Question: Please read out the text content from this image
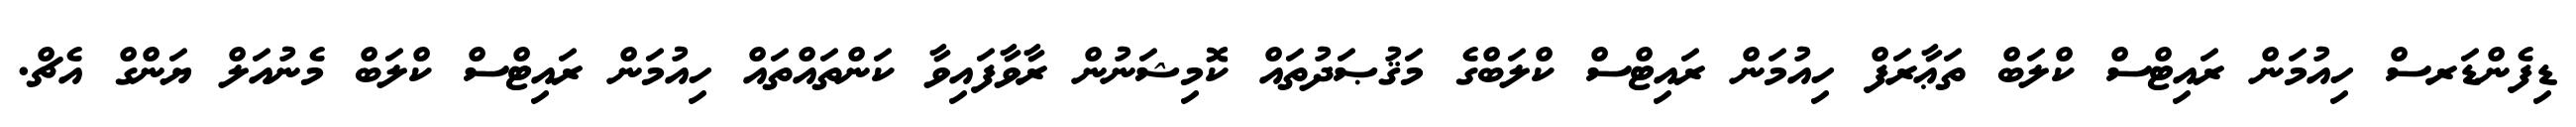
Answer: ޑިފެންޑަރސް ހިއުމަން ރައިޓްސް ކްލަބް ތަޢާރަފް ހިއުމަން ރައިޓްސް ކްލަބްގެ މަޤުޞަދުތައް ކޮމިޝަނުން ރާވާފައިވާ ކަންތައްތައް ހިއުމަން ރައިޓްސް ކްލަބް މެނުއަލް ޔަންގް އެޗް.